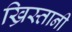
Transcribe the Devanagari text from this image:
ख्रिस्तानी